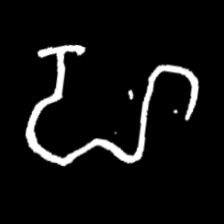
Pyu character \u2014 Myanmar letter: ဟ (romanized: ha)